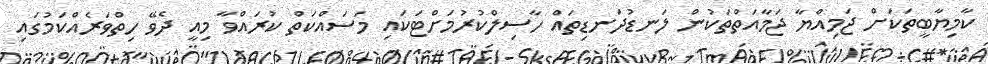
ކާމިޔާބީތަކަށް ޖަމިއްޔާ ޖަމާއަތްތަކުން ލަނޑުދަނޑިތައް ހާސިލްކުރުމަށްޓަކައި މަސައްކަތް ކުރައްވާ މިއީ ދެވޭ ހިތްވަރެއްކަމުގައި